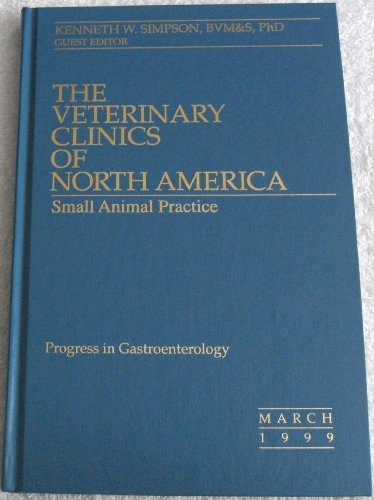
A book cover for The Veterinary Clinics of North America: Small Animal Practice Volume 29 Number 2 March 1999 Progress in Gastroenterology; Kenneth W. Simpson; Medical Books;